Madras plague regulations in force outside the Presidency town - Volume 7
Disease focus: Plague
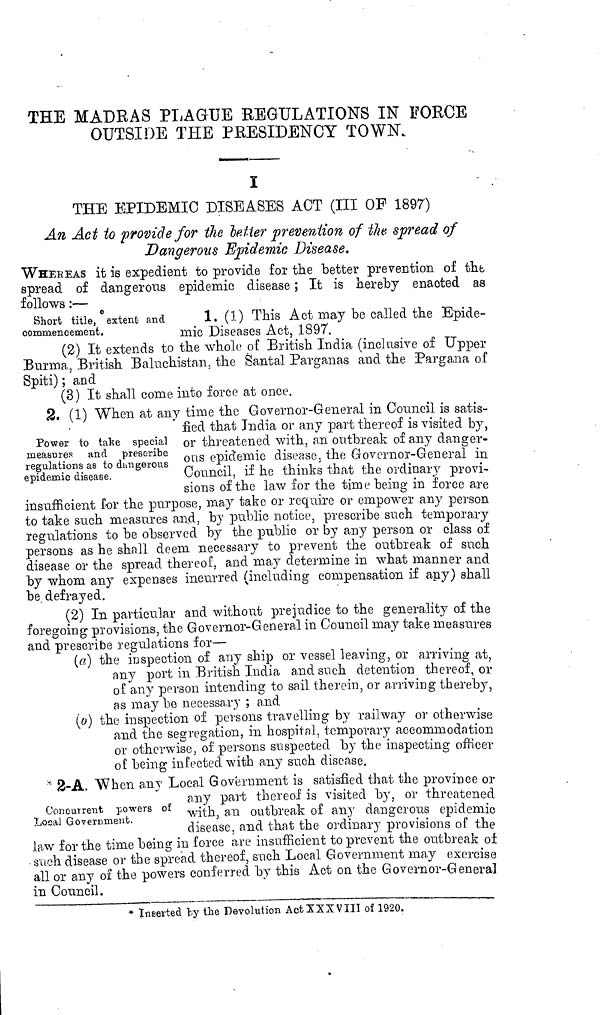
THE MADRAS PLAGUE REGULATIONS IN FORCE
OUTSIDE THE PRESIDENCY TOWN.
I
THE EPIDEMIC DISEASES ACT (III OF 1897)
An Act to provide for the letter prevention of the spread of
Dangerous Epidemie Disease.
WHEKEAS it is expedient to provide for the better prevention of the
spread of dangerous epidemic disease ; It is hereby enacted as
follows :—
Short title, extent and
commencement.
1. (1) This Act may be called the Epide-
mic Diseases Act. 1897.
(2) It extends to the whole of .British India (inclusive of Upper
Burma, British Baluchistan, the Santal Parganas and the Pargana of
Spiti) ; and
(3) It shall come into force at once.
Power to take special
measures and prescribe
regulations as to dangerous
epidemic disease.
2. (1} When at any time the Governor-General in Council is satis-
fied that India or any part thereof is visited by,
or threatened with, an outbreak of any dan gér-
ons epidemic disease, the Governor-General in
Council, if he thinks that the ordinaiy provi-
sions of the law for the time being in force are
insufficient for the purpose, may take or require or empower any person
to take such measures and. by public notice, prescribe such temporary
regulations to be observed by the public or by any person or class of
persons as he shall deem necessary to prevent the outbreak of such
disease or the spread thereof, and may determine in what manner and
by whom any expenses incurred (including compensation if any) shall
be. defrayed.
(2) In particular and without prejudice to the generality of the
foregoing provisions, the Governor-General in Council may take measures
and prescribe regulations for—
(a) the inspection of any ship or vessel leaving, or arriving at,
any port in British India and such detention thereof, or
of any person intending to sail therein, or arriving thereby,
as may be necessary ; and
(b) the inspection of persons travelling by railway or otherwise
and the segregation, in hospital, temporary accommodation
or otherwise, of persons suspected by the inspecting officer
of being infected with any such disease.
Concurrent powers of
Local Government.
2-A. When any Local Government is satisfied that the province or
any part thereof is visited by, or threatened
with, a.n outbreak of any dangerous epidemic
disease, and that the ordinary provisions of the
law for the time being in force are insufficient to prevent tne outbreak of
such disease or the spread thereof, such Local Government may exercise
all or any of the powers conferred by this Act on the Governor-General
in Council.
* Inserted by the Devolution Act XXX VIII of 1920.